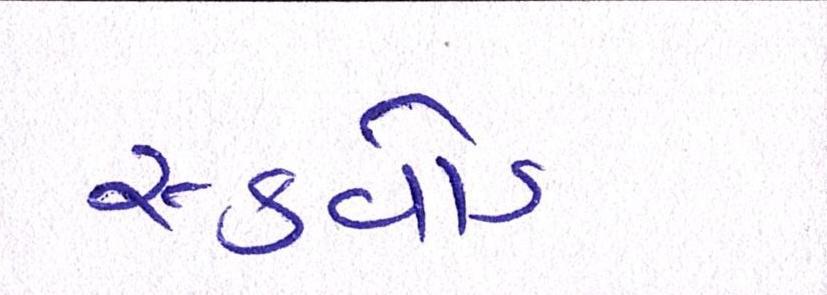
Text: સ્ક્વોડ